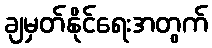
ချမှတ်နိုင်ရေးအတွက်